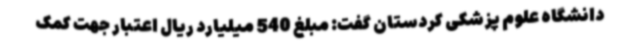
دانشگاه علوم پزشکی کردستان گفت: مبلغ 540 میلیارد ریال اعتبار جهت کمک